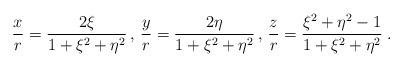
LaTeX: \begin{align*}{x\over r}={2\xi\over 1+\xi^2+\eta^2}\,,\, {y\over r}={2\eta\over 1+\xi^2+\eta^2}\,,\,{z\over r}={\xi^2+\eta^2-1\over 1+\xi^2+\eta^2}\;.\end{align*}